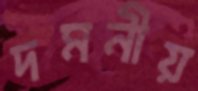
দমনীয়